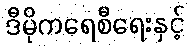
ဒီမိုကရေစီရေးနှင့်